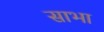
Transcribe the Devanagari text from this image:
साभा